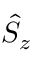
\hat { S } _ { z }